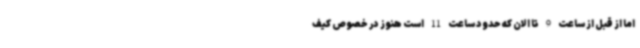
اما از قبل از ساعت 9 تا الان که حدود ساعت 11 است هنوز در خصوص کیف